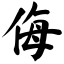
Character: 侮